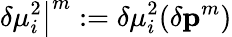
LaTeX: \left.\delta\mu_{i}^{2}\right|^{m}:=\delta\mu_{i}^{2}(\delta\mathbf{p}^{m})